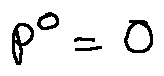
p ^ { 0 } = 0